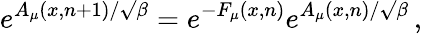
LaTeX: e^{A_{\mu}(x,n+1)/\surd\beta}=e^{-F_{\mu}(x,n)}e^{A_{\mu}(x,n)/\surd\beta}\, ,